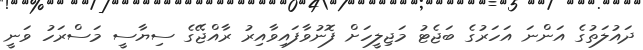
ދައުލަތުގެ އަންނަ އަހަރުގެ ބަޖެޓު މަޖިލީހަށް ފޮނުވާފައިވާއިރު ރާއްޖޭގެ ސިޔާސީ މަސްރަހު ވަނީ